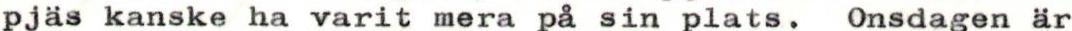
pjäs kanske ha varit mera på sin plats. Onsdagen är